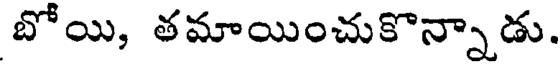
బోయి, తమాయించుకొన్నాడు.